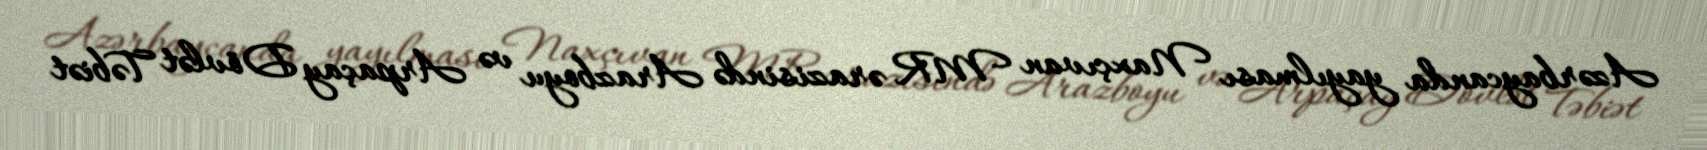
Azərbaycanda yayılması Naxçıvan MR ərazisində Arazboyu və Arpaçay Dövlət Təbiət